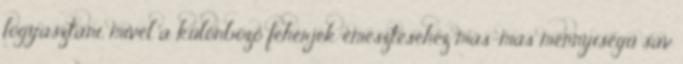
fogyasztani, mivel a különböző fehérjék emésztéséhez más-más mennyiségű sav